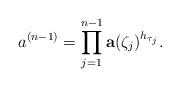
LaTeX: \begin{align*}a^{(n-1)}= \prod_{j=1}^{n-1}\mathbf a(\zeta_j)^{h_{\tau_j}}.\end{align*}